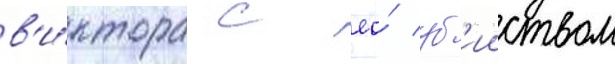
в'и́ктора с ео́ уб'ииством